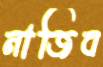
নাজিব